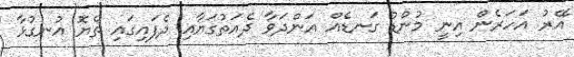
އޭރު އަހަރެން އިނީ މުންޑު ގަނޑެއް އަންދަވާ ދެއަތުގަޔާއި ދެފައިގައި ތެޔޮ އުނގުޅާ